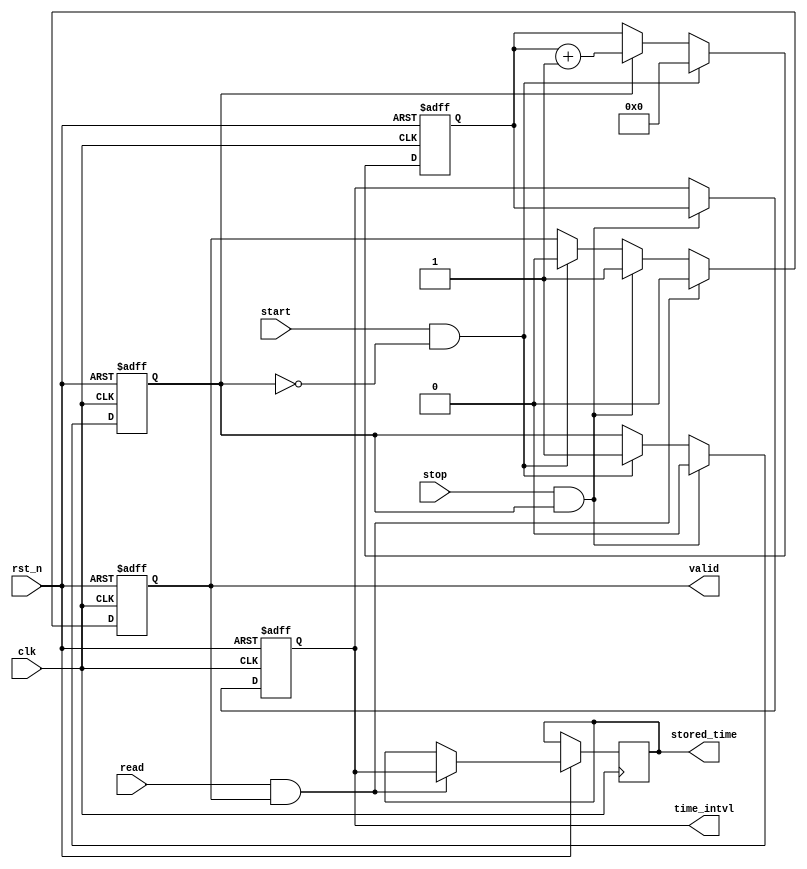
module TDC (
    input wire clk,              // High-frequency clock
    input wire rst_n,            // Active low reset
    input wire start,            // Start signal
    input wire stop,             // Stop signal
    output reg [31:0] time_intvl, // Measured time interval (in clock cycles)
    output reg valid,            // Output valid signal
    input wire read,             // Read request for output
    output reg [31:0] stored_time // Readout stored time measurement
);

    reg [31:0] counter;          // Counter for time measurement
    reg measuring;               // State flag for measuring
    reg [31:0] memory [0:255];   // Memory block for storing time intervals
    reg [7:0] mem_ptr;           // Pointer for the memory index
    reg overflow;                // Overflow flag

    // State Machine for TDC control
    always @(posedge clk or negedge rst_n) begin
        if (!rst_n) begin
            counter <= 32'b0;
            measuring <= 1'b0;
            time_intvl <= 32'b0;
            valid <= 1'b0;
            mem_ptr <= 8'b0;
            overflow <= 1'b0;
        end else begin
            // Counting during measurement
            if (measuring) begin
                counter <= counter + 1'b1;
            end
            
            // Start measurement
            if (start && !measuring) begin
                measuring <= 1'b1;
                counter <= 32'b0;
                valid <= 1'b0;
            end
            
            // Stop measurement
            if (stop && measuring) begin
                measuring <= 1'b0;
                time_intvl <= counter;
                valid <= 1'b1;
                if (mem_ptr < 8'd255) begin
                    memory[mem_ptr] <= counter; // Store measurement
                    mem_ptr <= mem_ptr + 1'b1;  // Increment memory pointer
                end else begin
                    overflow <= 1'b1; // Indicate overflow if memory is full
                end
            end
            
            // Read stored time measurement
            if (read && valid) begin
                stored_time <= time_intvl; // Output the last measured time interval
                valid <= 1'b0; // Reset valid signal after read
            end
        end
    end

endmodule